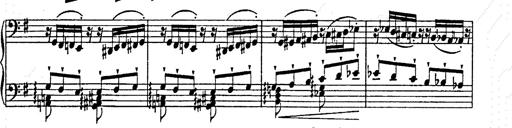
Title: Ab irato
Composer: Franz Liszt